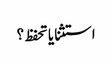
استثنا یا تحفظ ؟